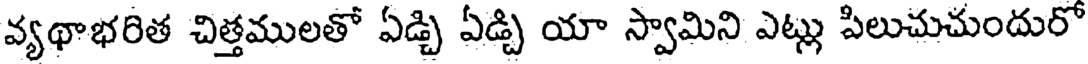
వ్యథాభరిత చిత్తములతో ఏడ్చి ఏడ్చి యా స్వామిని ఎట్లు పిలుచుచుందురో